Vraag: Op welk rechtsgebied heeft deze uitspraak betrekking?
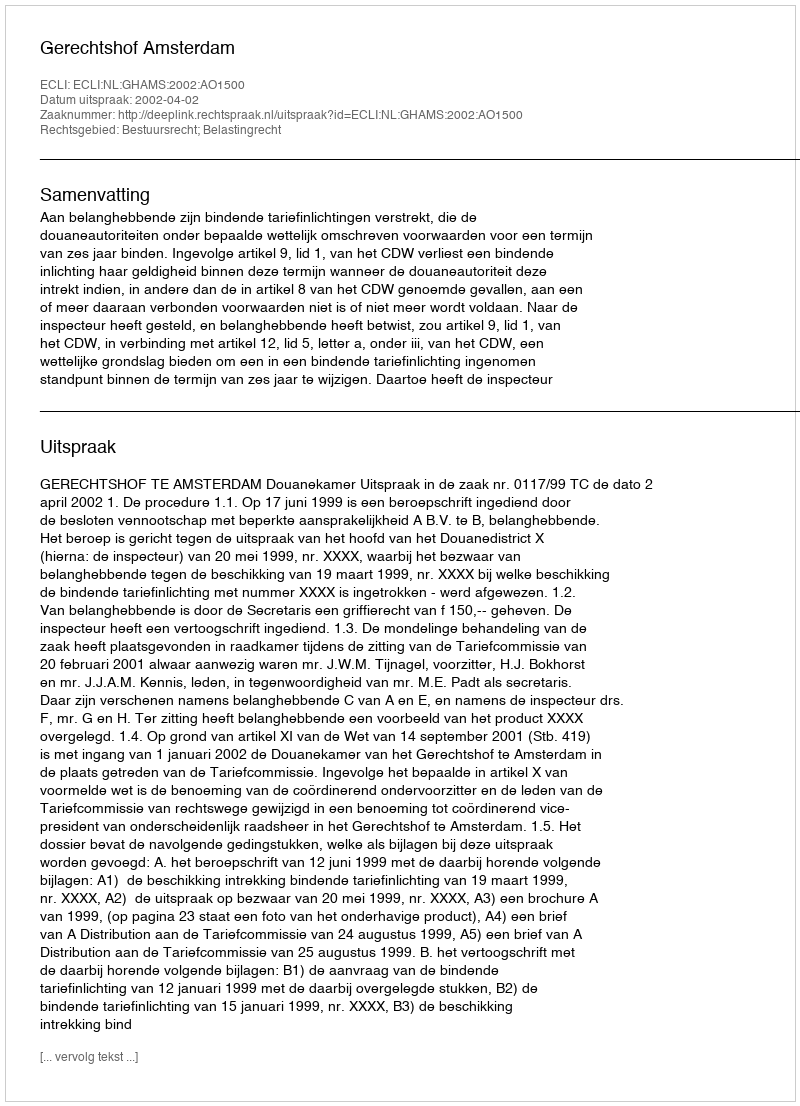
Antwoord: Bestuursrecht; Belastingrecht